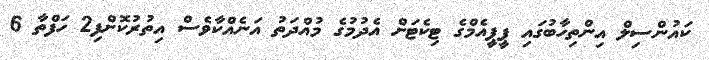
ކައުންސިލް އިންތިހާބުގައި ޕީޕީއެމްގެ ޓިކެޓަށް އެދުމުގެ މުއްދަތު އަނެއްކާވެސް އިތުރުކޮށްފި2 ހަފްތާ 6